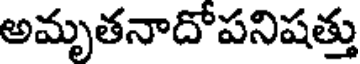
అమృతనాదోపనిషత్తు